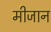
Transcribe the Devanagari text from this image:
मीजान